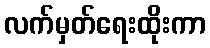
လက်မှတ်ရေးထိုးကာ